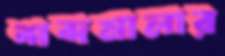
শব্দমালার